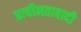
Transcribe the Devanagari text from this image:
प्राचीनतावादी